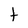
Character: t